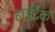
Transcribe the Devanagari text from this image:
हार्डटैक